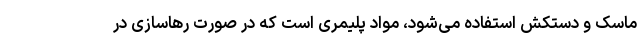
ماسک و دستکش استفاده می‌شود، مواد پلیمری است که در صورت رهاسازی در